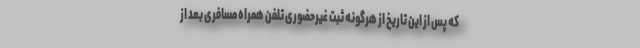
که پس از این تاریخ از هرگونه ثبت غیرحضوری تلفن همراه مسافری بعد از